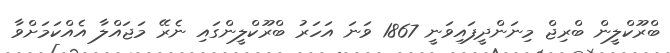
ބްރޫކްލީން ބްރިޖް މިނަންދީފައިވަނީ 1867 ވަނަ އަހަރު ބްރޫކްލީންގައި ނެރޭ މަޖައްލާ އެއްކަމަށްވާ